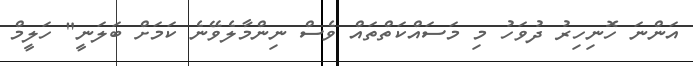
އަންނަ ހޮނިހިރު ދުވަހު މި މަަސައްކަތްތައް ވެސް ނިންމާލެވޭނެ ކަމަށް ބަލަނީ" ހަލީމް